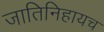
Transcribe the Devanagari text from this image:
जातिनिहायच